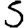
Digit: 5